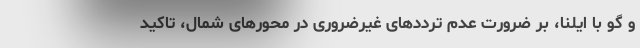
و گو با ایلنا، بر ضرورت عدم ترددهای غیرضروری در محورهای شمال، تاکید